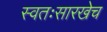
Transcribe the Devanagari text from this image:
स्वतःसारखेच